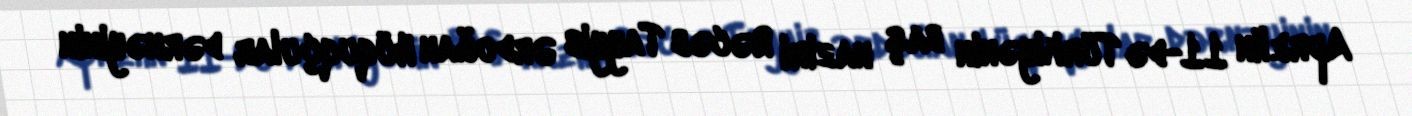
Aprelin 11-də Türkiyənin baş naziri Rəcəb Tayyib Ərdoğan Hüquqçular dərnəyinin